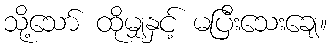
သို့သော် ထိုမျှနှင့် မပြီးသေးချေ။